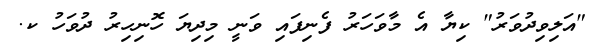
"އަލިވިދުވަރު" ކިޔާ އެ މާވަހަރު ފެނިފައި ވަނީ މިދިޔަ ހޮނިހިރު ދުވަހު ކ.